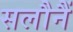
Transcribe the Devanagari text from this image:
सलौनैं